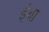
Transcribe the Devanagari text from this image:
इंया